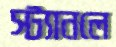
স্ট্যানলে